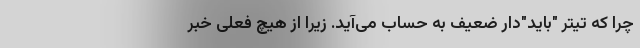
چرا که تیتر "باید"‌دار ضعیف به حساب می‌آید. زیرا از هیچ فعلی خبر